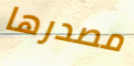
مصدرها